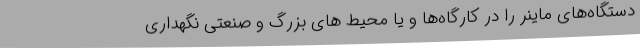
دستگاه‌های ماینر را در کارگاه‌ها و یا محیط های بزرگ و صنعتی نگهداری